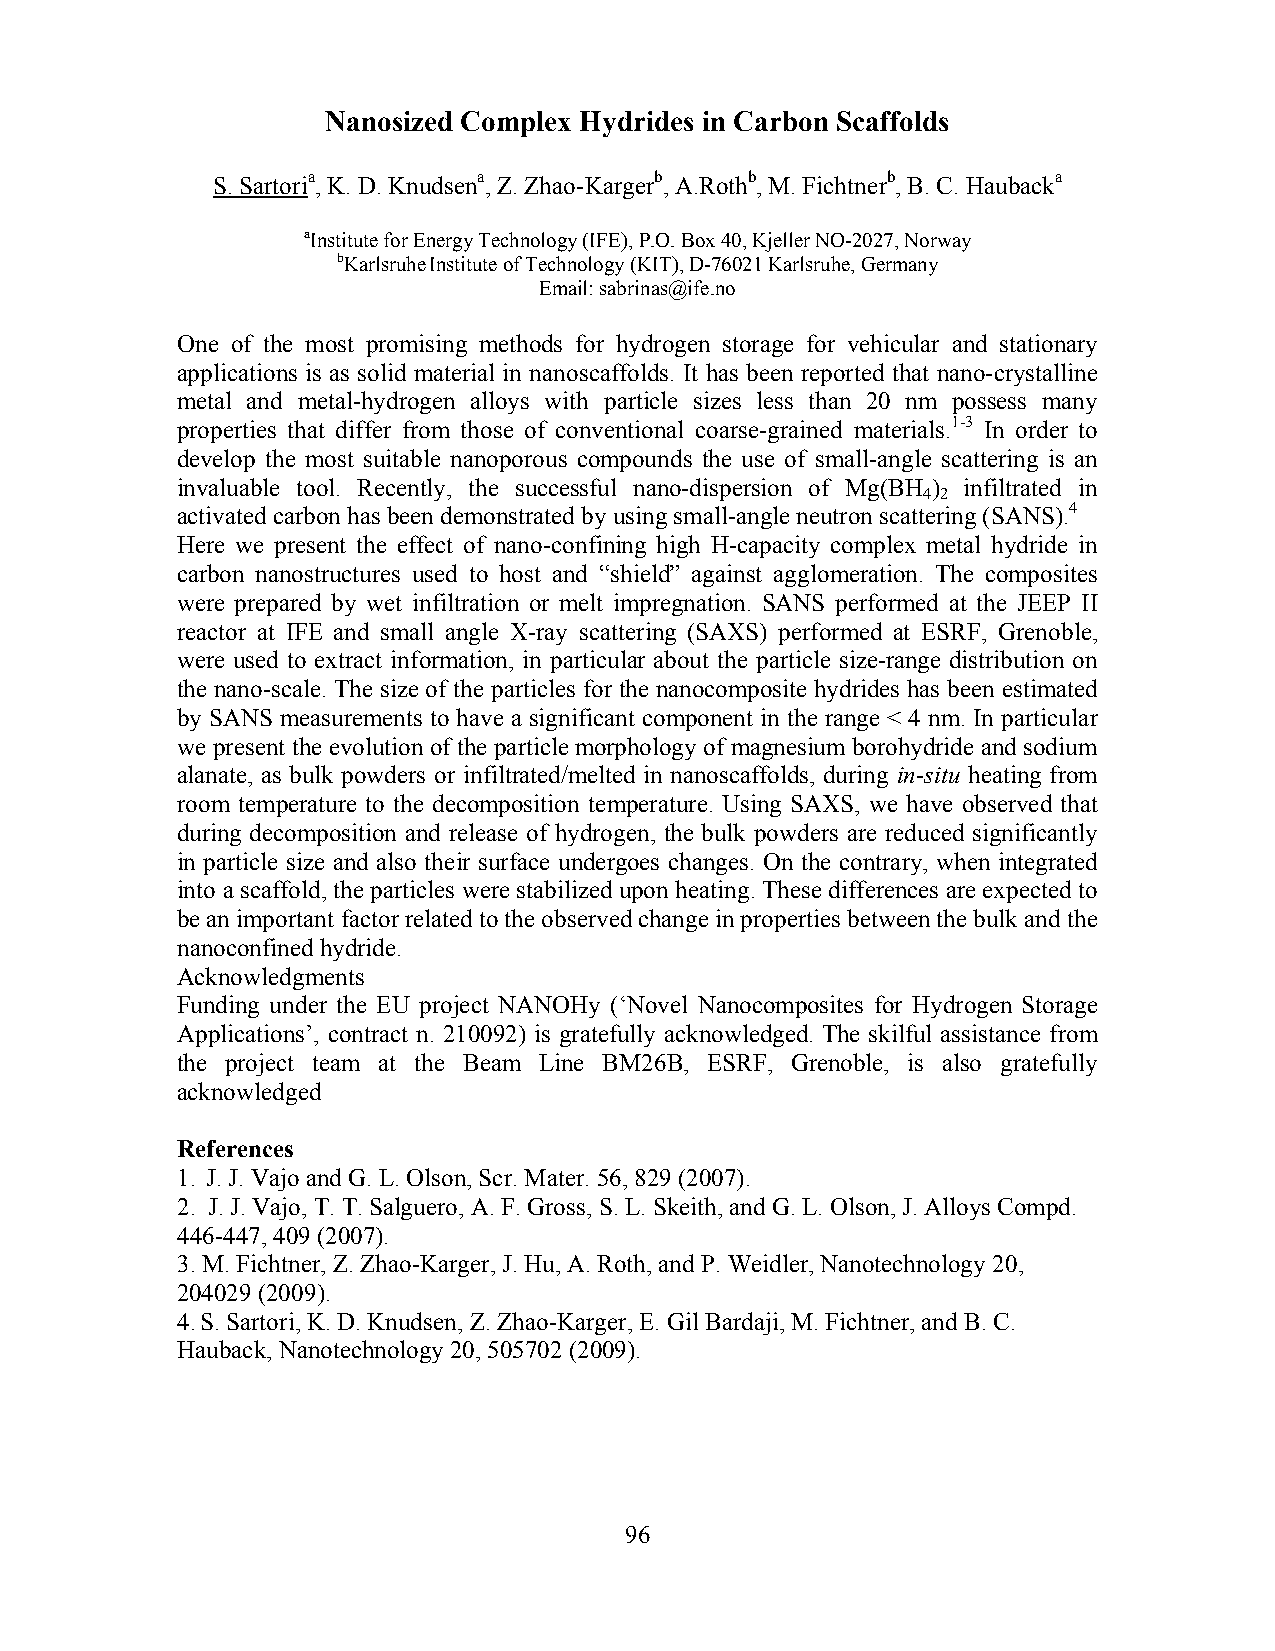
Nanosized Complex Hydrides in Carbon Scaffolds
 S. Sartoria, K. D. Knudsena, Z. Zhao-Kargerb, A.Rothb, M. Fichtnerb, B. C. Haubacka
 aInstitute for Energy Technology (IFE), P.O. Box 40, Kjeller NO-2027, Norway
 bKarlsruhe Institute of Technology (KIT), D-76021 Karlsruhe, Germany
 Email: sabrinas@ife.no
 One of the most promising methods for hydrogen storage for vehicular and stationary
 applications is as solid material in nanoscaffolds. It has been reported that nano-crystalline
 metal and metal-hydrogen alloys with particle sizes less than 20 nm possess many
 properties that differ from those of conventional coarse-grained materials.1-3 In order to
 develop the most suitable nanoporous compounds the use of small-angle scattering is an
 invaluable tool. Recently, the successful nano-dispersion of Mg(BH ) infiltrated in
 4 2
 activated carbon has been demonstrated by using small-angle neutron scattering (SANS).4
 Here we present the effect of nano-confining high H-capacity complex metal hydride in
 carbon nanostructures used to host and “shield” against agglomeration. The composites
 were prepared by wet infiltration or melt impregnation. SANS performed at the JEEP II
 reactor at IFE and small angle X-ray scattering (SAXS) performed at ESRF, Grenoble,
 were used to extract information, in particular about the particle size-range distribution on
 the nano-scale. The size of the particles for the nanocomposite hydrides has been estimated
 by SANS measurements to have a significant component in the range < 4 nm. In particular
 we present the evolution of the particle morphology of magnesium borohydride and sodium
 alanate, as bulk powders or infiltrated/melted in nanoscaffolds, during in-situ heating from
 room temperature to the decomposition temperature. Using SAXS, we have observed that
 during decomposition and release of hydrogen, the bulk powders are reduced significantly
 in particle size and also their surface undergoes changes. On the contrary, when integrated
 into a scaffold, the particles were stabilized upon heating. These differences are expected to
 be an important factor related to the observed change in properties between the bulk and the
 nanoconfined hydride.
 Acknowledgments
 Funding under the EU project NANOHy (‘Novel Nanocomposites for Hydrogen Storage
 Applications’, contract n. 210092) is gratefully acknowledged. The skilful assistance from
 the project team at the Beam Line BM26B, ESRF, Grenoble, is also gratefully
 acknowledged
 References
 1. J. J. Vajo and G. L. Olson, Scr. Mater. 56, 829 (2007).
 2. J. J. Vajo, T. T. Salguero, A. F. Gross, S. L. Skeith, and G. L. Olson, J. Alloys Compd.
 446-447, 409 (2007).
 3. M. Fichtner, Z. Zhao-Karger, J. Hu, A. Roth, and P. Weidler, Nanotechnology 20,
 204029 (2009).
 4. S. Sartori, K. D. Knudsen, Z. Zhao-Karger, E. Gil Bardaji, M. Fichtner, and B. C.
 Hauback, Nanotechnology 20, 505702 (2009).
 96